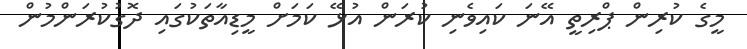
މީގެ ކުރިން ޕްރިތީ އޭނަ ކައިވެނި ކުރަން އުޅޭ ކަމަށް މީޑިއާތަކުގައި ދޮގުކުރަންމުން